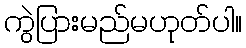
ကွဲပြားမည်မဟုတ်ပါ။